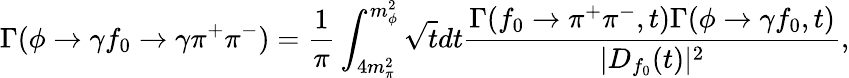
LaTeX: \Gamma(\phi\to\gamma f_{0}\to\gamma\pi^{+}\pi^{-})=\frac{1}{\pi}\int_{4m_{\pi}^{2}}^{m_{\phi}^{2}}\sqrt{t}dt\frac{\Gamma(f_{0}\to\pi^{+}\pi^{-},t)\Gamma(\phi\to\gamma f_{0},t)}{|D_{f_{0}}(t)|^{2}},